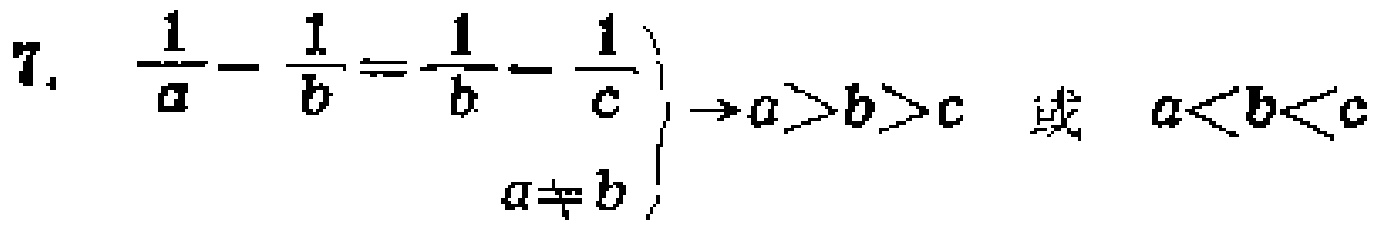
\[
\left.
\begin{array}{l}
\frac{1}{a}-\frac{1}{b}=\frac{1}{b}-\frac{1}{c}\\
a\neq b
\end{array}
\right\}
\rightarrow a > b > c\ 或\ a < b < c
\]